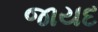
જાયદ